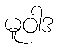
မူဝါဒ